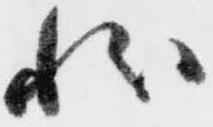
状